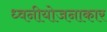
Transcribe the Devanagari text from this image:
ध्वनीयोजनाकार